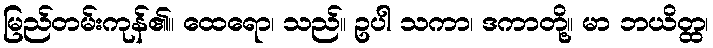
မြည်တမ်းကုန်၏။ ထေရော၊ သည်။ ဥပါ သကာ၊ ဒကာတို့။ မာ ဘယိတ္ထ၊